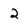
Character: 2